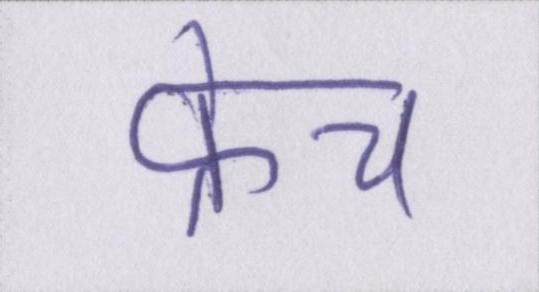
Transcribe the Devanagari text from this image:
फ्रेंच